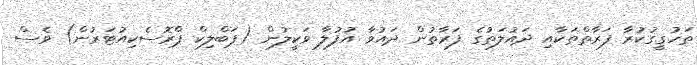
ތަހުގީގުކުރާ ފަރާތްތަކާއި ދައުލަތުގެ ފަރާތުން ދައުވާ އުފުލާ ވަކީލުން (ޕަބްލިކް ޕްރޮސެކިއުޓަރުން) ވެސް